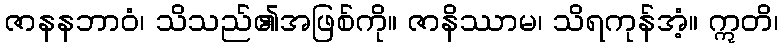
ဇာနနဘာဝံ၊ သိသည်၏အဖြစ်ကို။ ဇာနိဿာမ၊ သိရကုန်အံ့။ ဣတိ၊